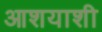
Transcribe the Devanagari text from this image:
आशयाशी